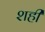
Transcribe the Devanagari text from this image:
शही